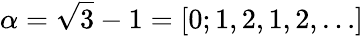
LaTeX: \alpha=\sqrt{3}-1=[0;1,2,1,2,\ldots]